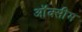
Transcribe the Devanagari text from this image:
ऑक्सीम